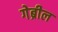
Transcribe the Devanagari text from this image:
गेब्रील